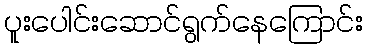
ပူးပေါင်းဆောင်ရွက်နေကြောင်း